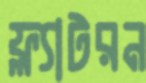
ফ্ল্যাটরন